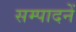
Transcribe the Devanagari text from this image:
सम्पादनें